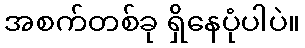
အစက်တစ်ခု ရှိနေပုံပါပဲ။